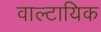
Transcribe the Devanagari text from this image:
वाल्टायिक